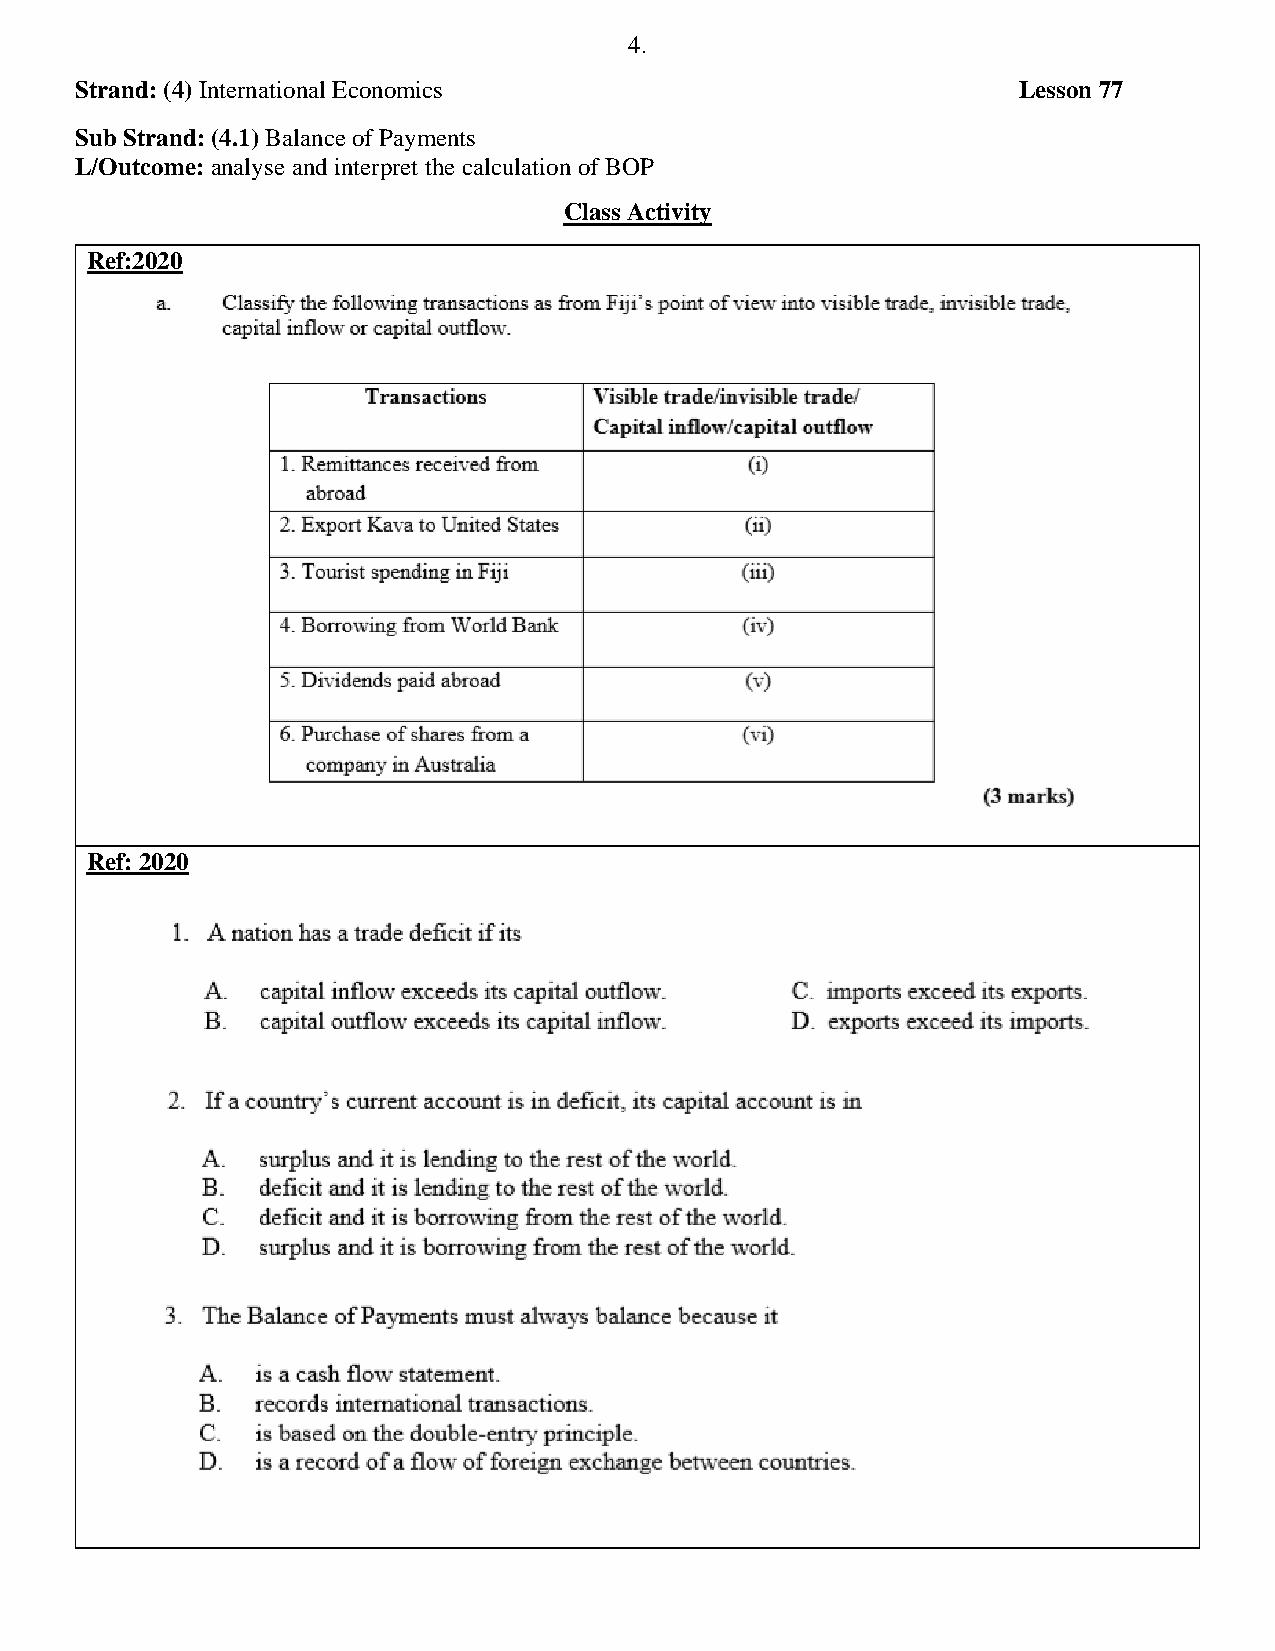
4.
 Strand: (4) International Economics                           Lesson 77
 Sub Strand: (4.1) Balance of Payments
 L/Outcome: analyse and interpret the calculation of BOP
 Class Activity
 Ref:2020
 Ref: 2020